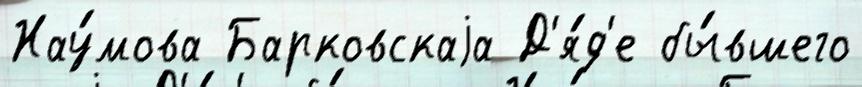
Нау́мова Барковскаjа Д'я́д'е бы́вшего